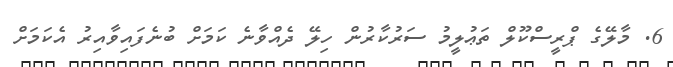
6. މާލޭގެ ޕްރީސްކޫލް ތަޢުލީމު ސަރުކާރުން ހިލޭ ދެއްވާނެ ކަމަށް ބުނެފައިވާއިރު އެކަމަށް